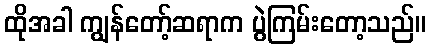
ထိုအခါ ကျွန်တော့်ဆရာက ပွဲကြမ်းတော့သည်။